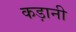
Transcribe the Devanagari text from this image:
कड़ानी